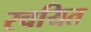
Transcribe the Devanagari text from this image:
रचयित